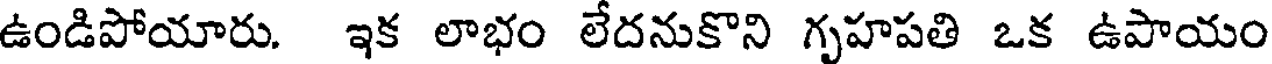
ఉండిపోయారు. ఇక లాభం లేదనుకొని గృహపతి ఒక ఉపాయం